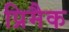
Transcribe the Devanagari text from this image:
प्रिमैक